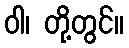
ဝါ၊ တို့တွင်။